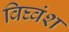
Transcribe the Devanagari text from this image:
विघ्वंश